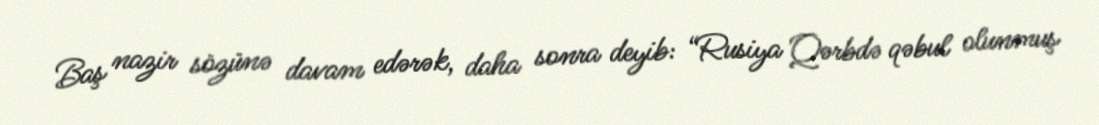
Baş nazir sözünə davam edərək, daha sonra deyib: “Rusiya Qərbdə qəbul olunmuş